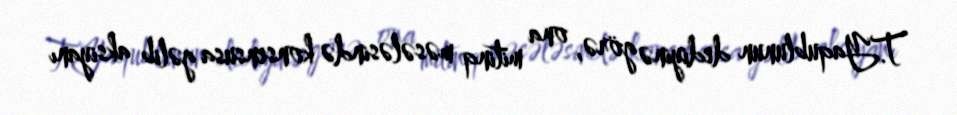
T.Yaqublunun dediyinə görə, ona mitinq məsələsində konsensusa gəlib aksiyanı